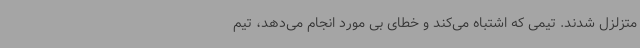
متزلزل شدند. تیمی که اشتباه می‌کند و خطای بی مورد انجام می‌دهد، تیم